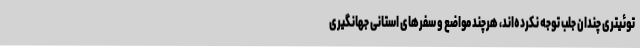
توئیتری چندان جلب توجه نکرده‌اند، هرچند مواضع و سفرهای استانی جهانگیری